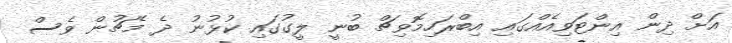
އަށް ދިން އިންޓަވިއެއްގައި އިބްރަހިމޮވިޗް ބުނީ ލީގުގައި ކުޅުނު ދެ މެޗުން ވެސް